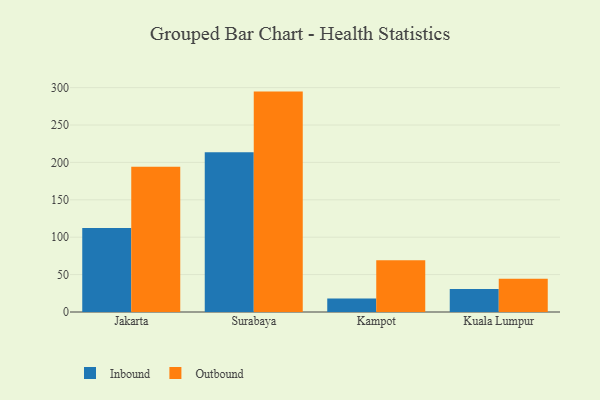
{"axis": {"x": "City", "y": "Temperature (°C)"}, "legend": ["Inbound", "Outbound"], "data": [{"x": "Jakarta", "y": 112.2, "type": "Inbound"}, {"x": "Jakarta", "y": 194.2, "type": "Outbound"}, {"x": "Surabaya", "y": 213.7, "type": "Inbound"}, {"x": "Surabaya", "y": 294.7, "type": "Outbound"}, {"x": "Kampot", "y": 18.2, "type": "Inbound"}, {"x": "Kampot", "y": 69.3, "type": "Outbound"}, {"x": "Kuala Lumpur", "y": 30.8, "type": "Inbound"}, {"x": "Kuala Lumpur", "y": 44.3, "type": "Outbound"}]}